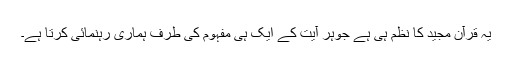
یہ قرآن مجید کا نظم ہی ہے جوہر آیت کے ایک ہی مفہوم کی طرف ہماری رہنمائی کرتا ہے۔